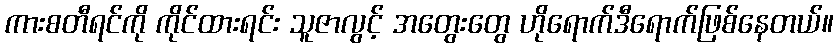
ကားစတီရင်ကို ကိုင်ထားရင်း သူဇာလွင့် အတွေးတွေ ဟိုရောက်ဒီရောက်ဖြစ်နေတယ်။